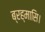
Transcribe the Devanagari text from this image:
ब्रह्मासि।